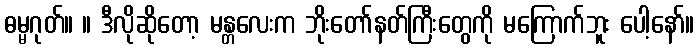
ဓမ္မဂုတ်။ ။ ဒီလိုဆိုတော့ မန္တလေးက ဘိုးတော်နတ်ကြီးတွေကို မကြောက်ဘူး ပေါ့နော်။